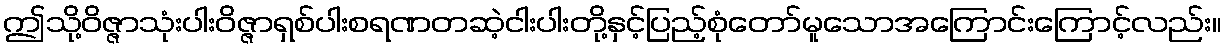
ဤသို့ဝိဇ္ဇာသုံးပါးဝိဇ္ဇာရှစ်ပါးစရဏတဆဲ့ငါးပါးတို့နှင့်ပြည့်စုံတော်မူသောအကြောင်းကြောင့်လည်း။